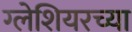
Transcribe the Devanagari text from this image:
ग्लेशियरच्या